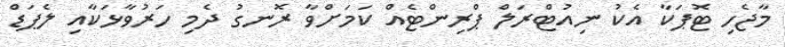
މާޖެހި ޓޮޕަކާ އެކު ނިއުޓްރަލް ޕްރިންޓެއް ކަމަށްވާ ރޮނގު ދެމި ހަރުވާޅަކާއި ލެޕަޑް